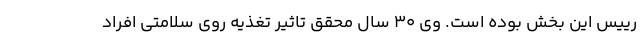
رییس این بخش بوده است. وی 30 سال محقق تاثیر تغذیه روی سلامتی افراد